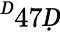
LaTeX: ^Ḋ47Ḍ